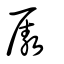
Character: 厫